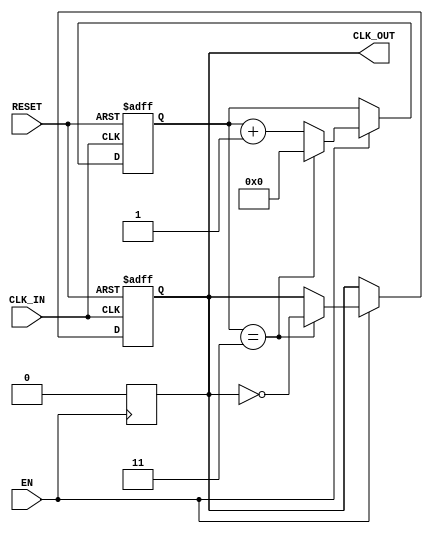
module clock_divider_buffer #(
    parameter N = 4  // Default division factor (can be overridden)
)(
    input wire CLK_IN,     // Input clock signal
    input wire EN,         // Enable signal
    input wire RESET,      // Asynchronous reset signal
    output reg CLK_OUT      // Output clock signal
);

    reg [31:0] counter;     // Counter to keep track of clock cycles

    always @(posedge CLK_IN or posedge RESET) begin
        if (RESET) begin
            counter <= 0;    // Reset counter
            CLK_OUT <= 0;    // Reset output clock
        end else if (EN) begin
            if (counter == (N - 1)) begin
                counter <= 0; // Reset counter after reaching N
                CLK_OUT <= ~CLK_OUT; // Toggle output clock
            end else begin
                counter <= counter + 1; // Increment counter
            end
        end
    end

    // Hold CLK_OUT low when EN is deasserted
    always @(negedge EN) begin
        CLK_OUT <= 0; // Ensure output is low when not enabled
    end

endmodule